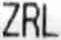
ZRL